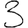
Digit: 3